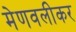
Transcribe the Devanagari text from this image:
मेणवलीकर